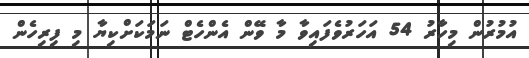
އުމުރުން މިހާރު 54 އަހަރުވެފައިވާ މާ ވޭން އެންހެޓް ނަމަކަށްކިޔާ މި ފިރިހެން